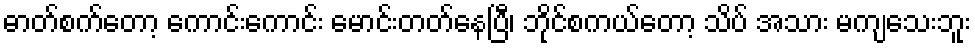
ဓာတ်စက်တော့ ကောင်းကောင်း မောင်းတတ်နေပြီ၊ ဘိုင်စကယ်တော့ သိပ် အသား မကျသေးဘူး